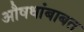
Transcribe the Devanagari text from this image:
औषधांबाबत